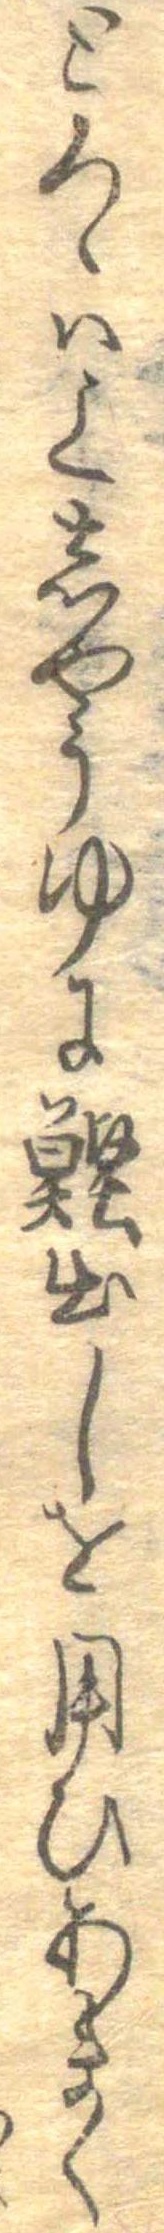
とろゝは上しやうゆに鰹出しを用ひあまく